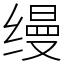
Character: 缦